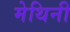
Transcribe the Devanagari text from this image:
मेथिनी